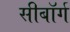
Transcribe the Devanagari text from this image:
सीबॉर्ग